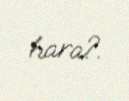
hara?.